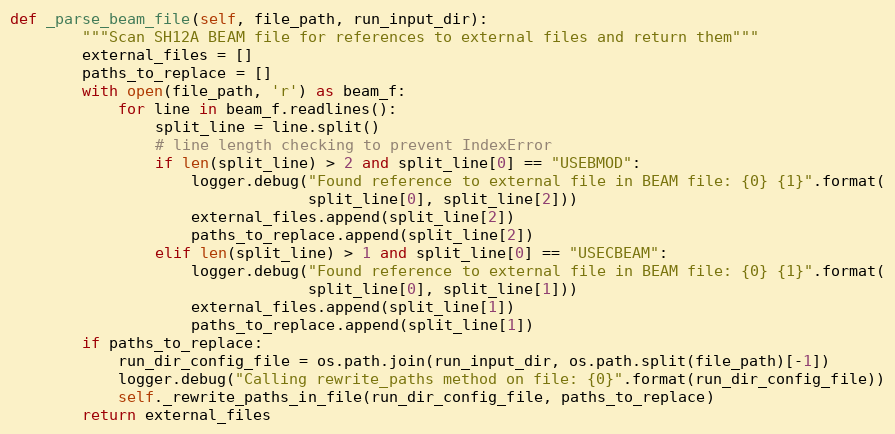
Language: Python
def _parse_beam_file(self, file_path, run_input_dir):
        """Scan SH12A BEAM file for references to external files and return them"""
        external_files = []
        paths_to_replace = []
        with open(file_path, 'r') as beam_f:
            for line in beam_f.readlines():
                split_line = line.split()
                # line length checking to prevent IndexError
                if len(split_line) > 2 and split_line[0] == "USEBMOD":
                    logger.debug("Found reference to external file in BEAM file: {0} {1}".format(
                                 split_line[0], split_line[2]))
                    external_files.append(split_line[2])
                    paths_to_replace.append(split_line[2])
                elif len(split_line) > 1 and split_line[0] == "USECBEAM":
                    logger.debug("Found reference to external file in BEAM file: {0} {1}".format(
                                 split_line[0], split_line[1]))
                    external_files.append(split_line[1])
                    paths_to_replace.append(split_line[1])
        if paths_to_replace:
            run_dir_config_file = os.path.join(run_input_dir, os.path.split(file_path)[-1])
            logger.debug("Calling rewrite_paths method on file: {0}".format(run_dir_config_file))
            self._rewrite_paths_in_file(run_dir_config_file, paths_to_replace)
        return external_files